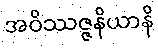
အဝိဿဇ္ဇနိယာနိ